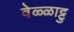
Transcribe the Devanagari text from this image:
वेळ्ळाट्टु